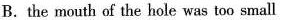
B.the mouth of the hole was too small